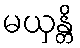
မယှန္တိ